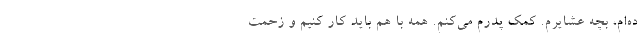
ده‌ام، بچه عشایرم. کمک پدرم می‌کنم. همه با هم باید کار کنیم و زحمت